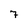
Character: 7